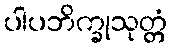
ပါပဘိက္ခုသုတ္တံ